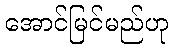
အောင်မြင်မည်ဟု